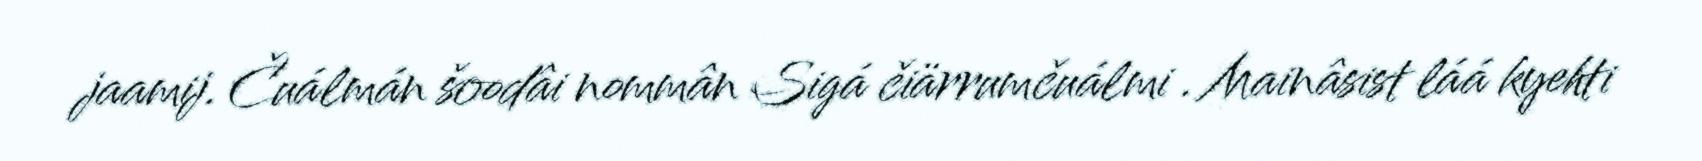
jaamij. Čuálmán šoodâi nommân Sigá čiärrumčuálmi . Mainâsist láá kyehti